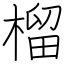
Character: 榴